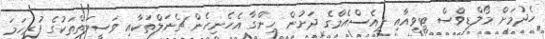
ހެދުމަށް މޯލްޑިވްސް ޓީވީއާއި ޕީއެސްއެމްގެ ދަށުން ހިންގާ އެހެނިހެން ޗެނަލްތަކާއި ވަސީލަތްތަކުގެ ފުރިހަމަ